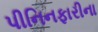
પીનિનફારીના